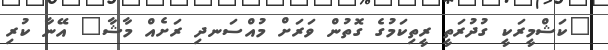
"ކަޝްމީރަކީ ގުދުރަތީ ރީތިކަމުގެ ގޮތުން ވަރަށް މުއްސަނދި ރަށެއް މާޝާ" އޭނާ ކުރި